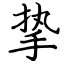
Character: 挚